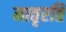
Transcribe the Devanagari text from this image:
मातृरति